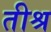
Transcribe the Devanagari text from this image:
तीश्र